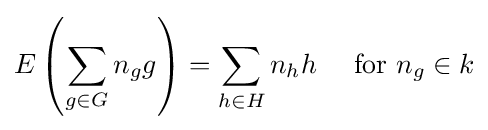
E\left(\sum _{g\in G}n_{g}g\right)=\sum _{h\in H}n_{h}h\ \ \ {\text{ for }}n_{g}\in k